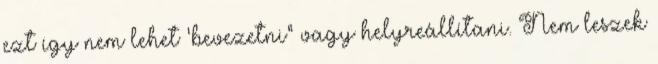
ezt így nem lehet 'bevezetni" vagy helyreállítani. Nem leszek